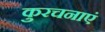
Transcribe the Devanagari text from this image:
कुरचनाएं